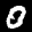
Label: 0